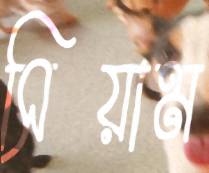
সিয়াম